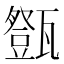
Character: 𤮘